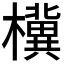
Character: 𪴗